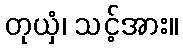
တုယှံ၊ သင့်အား။